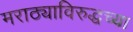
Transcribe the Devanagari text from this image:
मराठ्याविरुद्धच्या